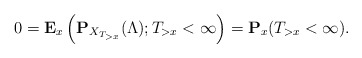
\begin{align*}0=\mathbf{E}_x\left(\mathbf{P}_{X_{T_{>x}}}(\Lambda); T_{>x}<\infty\right)=\mathbf{P}_x(T_{>x}<\infty). \end{align*}